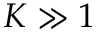
K \gg 1